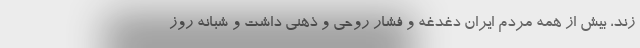
زند، بیش از همه مردم ایران دغدغه و فشار روحی و ذهنی داشت و شبانه روز